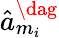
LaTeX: \hat{a}_{m_{i}}^{\dag}